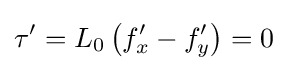
\tau '=L_{0}\left(f'_{x}-f'_{y}\right)=0